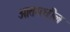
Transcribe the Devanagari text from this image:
आतमधील